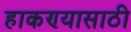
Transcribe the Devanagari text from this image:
हाकण्यासाठी